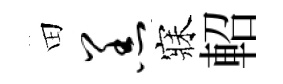
田羔寐軺